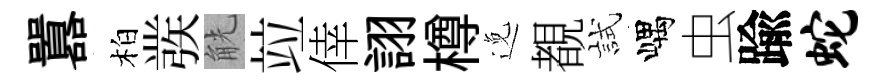
囂柏彂觥竝倖詡樽𨓜覩試嵎虫踰蛇